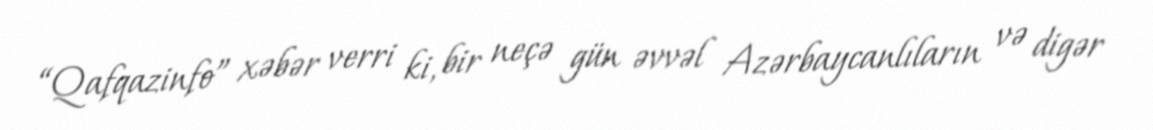
“Qafqazinfo” xəbər verri ki, bir neçə gün əvvəl Azərbaycanlıların və digər